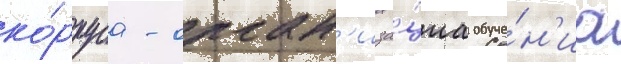
ко́рпуса - орган'иза́циа обуче́н'иа